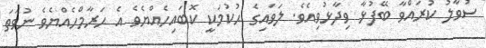
ސުވާލު ކުރައްވާ ބޭފުޅާ ވިދާޅުވިއެވެ. ލަވައިގެ ޙުކުމަކީ ކޮބައިހެއްޔެވެ އެ ޙަރާމްހެއްޔެވެ ނުވަތަ